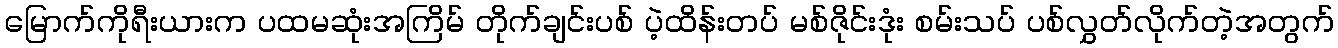
မြောက်ကိုရီးယားက ပထမဆုံးအကြိမ် တိုက်ချင်းပစ် ပဲ့ထိန်းတပ် မစ်ဇိုင်းဒုံး စမ်းသပ် ပစ်လွှတ်လိုက်တဲ့အတွက်